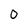
Character: O